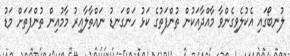
ލުނބޯގައި އެކުލެވިގެންވާ މާއްދާއަކުން ތުންފަތުގެ ކަޅު ހަންގަނޑު ނައްތާލާއިރު މާމުއިން ތުންފަތަށް މަޑު